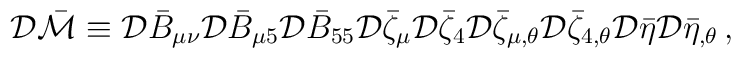
{\cal D}\bar{\cal M}\equiv{\cal D}\bar{B}_{\mu\nu}{\cal D}\bar{B}_{\mu5}{\cal D}\bar{B}_{55}{\cal D}\bar{\zeta}_{\mu} {\cal D}\bar{\zeta}_{4}{\cal D}\bar{\zeta}_{\mu,\theta} {\cal D}\bar{\zeta}_{4,\theta}{\cal D}\bar{\eta} {\cal D}\bar{\eta}_{,\theta} \,,